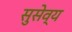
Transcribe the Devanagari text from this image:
सुसेव्य